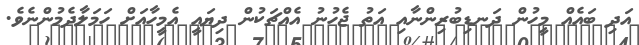
އަދި ބައެއް މީހުން ދަނޑިބުރިންނާއި އަތު ޖެހުނު އެއްޗަކުން ދިޔައީ އެމީހާއަށް ހަމަލާދެމުންނެވެ.